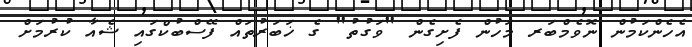
އެހެންކަމުން ނޮވެމްބަރ މަހުން ފެށިގެން "ވަގުތު" ގެ ޚަބަރުތައް ފޭސްބުކްގައި ޝެއާ ކުރުމަށް